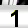
Digit: 1